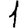
Digit: 1